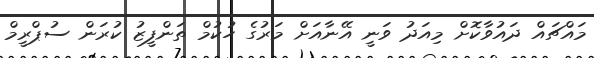
މައްޗައް ދައުވާކޮށް މިއަދު ވަނީ އޭނާއަށް މަރުގެ ހުކުމް ތަންފީޒު ކުރަން ސުޕްރީމް